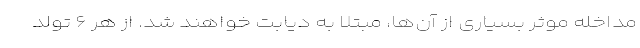
مداخله موثر بسیاری از آن‌ها، مبتلا به دیابت خواهند شد. از هر ۶ تولد